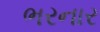
ભરનાર